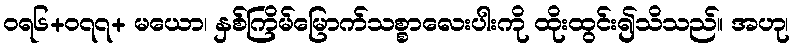
ဝရ၆+၀၇၇+ မယော၊ နှစ်ကြိမ်မြောက်သစ္စာလေးပါးကို ထိုးထွင်း၍သိသည်။ အဟု၊